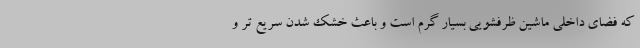
که فضای داخلی ماشین ظرفشویی بسیار گرم است و باعث خشک شدن سریع تر و